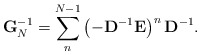
\begin{align*}\mathbf{G}^{-1}_N = \sum_{n}^{N-1} \left( - \mathbf{D}^{-1}\mathbf{E} \right)^n \mathbf{D}^{-1}.\end{align*}